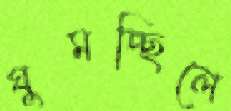
ঘুমচ্ছিলে